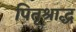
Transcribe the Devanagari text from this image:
पितृश्राद्ध